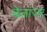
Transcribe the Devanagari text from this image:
बेलांजर